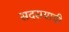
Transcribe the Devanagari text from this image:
सदसयाची